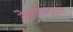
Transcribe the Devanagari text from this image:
दैवतांबद्दल